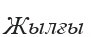
Жылғы